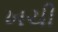
ખચી